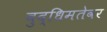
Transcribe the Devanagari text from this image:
बुद्धिमतेवर